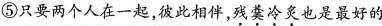
⑤只要两个人在一起，彼此相伴，残羹冷炙也是最好的